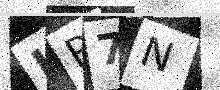
Text: KR7N